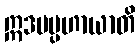
ဣဒမပ္ပဟာယာတိ